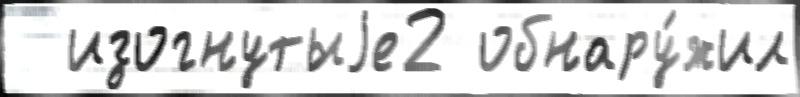
  изогнутыjе2 обнару́жил